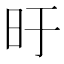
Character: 旴